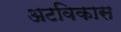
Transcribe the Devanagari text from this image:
अटविकास